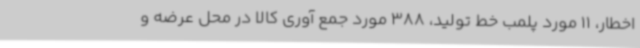
اخطار، 11 مورد پلمب خط تولید، 388 مورد جمع آوری کالا در محل عرضه و